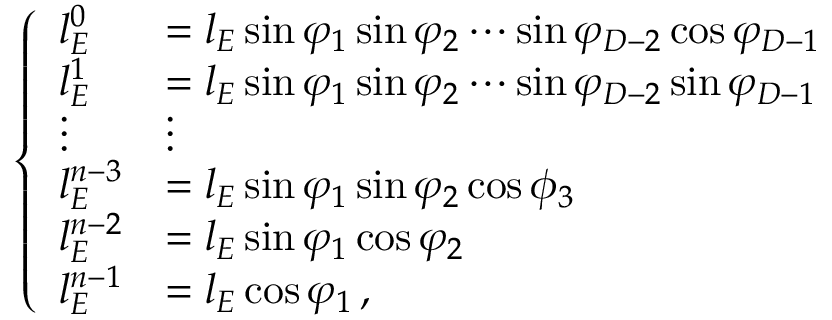
\left\{ \begin{array} { l l } { l _ { E } ^ { 0 } } & { = l _ { E } \sin \varphi _ { 1 } \sin \varphi _ { 2 } \cdots \sin \varphi _ { D - 2 } \cos \varphi _ { D - 1 } } \\ { l _ { E } ^ { 1 } } & { = l _ { E } \sin \varphi _ { 1 } \sin \varphi _ { 2 } \cdots \sin \varphi _ { D - 2 } \sin \varphi _ { D - 1 } } \\ { \vdots } & { \vdots } \\ { l _ { E } ^ { n - 3 } } & { = l _ { E } \sin \varphi _ { 1 } \sin \varphi _ { 2 } \cos \phi _ { 3 } } \\ { l _ { E } ^ { n - 2 } } & { = l _ { E } \sin \varphi _ { 1 } \cos \varphi _ { 2 } } \\ { l _ { E } ^ { n - 1 } } & { = l _ { E } \cos \varphi _ { 1 } \, , } \end{array} \right.